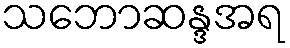
သဘောဆန္ဒအရ